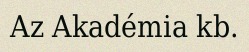
Az Akadémia kb.